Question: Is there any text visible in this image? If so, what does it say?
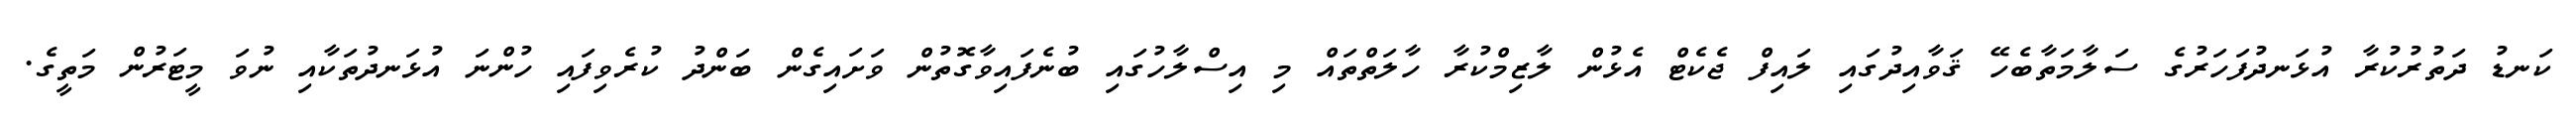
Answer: ކަނޑު ދަތުރުކުރާ އުޅަނދުފަހަރުގެ ސަލާމަތާބެހޭ ޤަވާއިދުގައި ލައިފް ޖެކެޓް އެޅުން ލާޒިމްކުރާ ހާލަތްތައް މި އިސްލާހުގައި ބުނެފައިވާގޮތުން ވަށައިގެން ބަންދު ކުރެވިފައި ހުންނަ އުޅަނދުތަކާއި ނުވަ މީޓަރުން މަތީގެ.